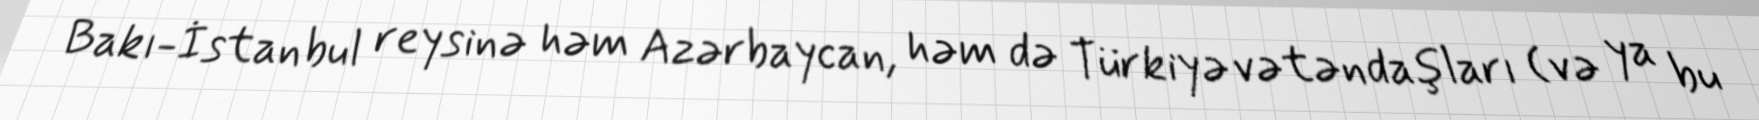
Bakı-İstanbul reysinə həm Azərbaycan, həm də Türkiyə vətəndaşları (və ya bu